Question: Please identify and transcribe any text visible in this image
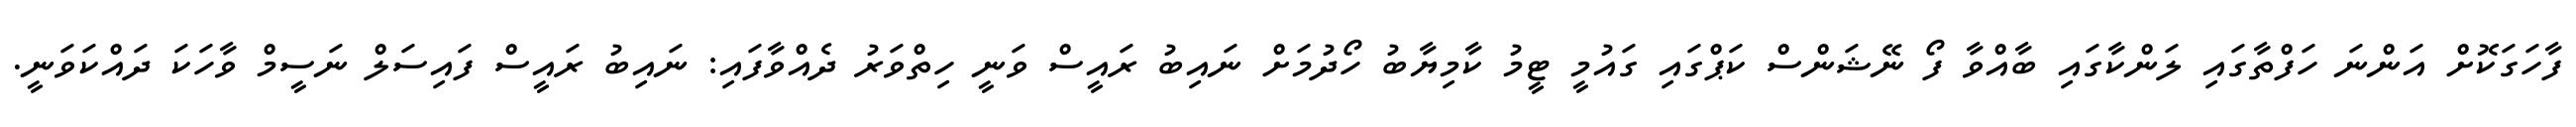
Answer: ފާހަގަކޮށް އަންނަ ހަފްތާގައި ލަންކާގައި ބާއްވާ ފޯ ނޭޝަންސް ކަޕްގައި ގައުމީ ޓީމު ކާމިޔާބު ހޯދުމަށް ނައިބު ރައީސް ވަނީ ހިތްވަރު ދެއްވާފައި: ނައިބު ރައީސް ފައިސަލް ނަސީމް ވާހަކަ ދައްކަވަނީ.